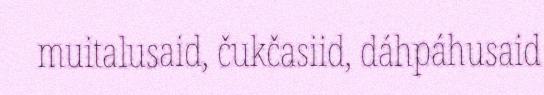
muitalusaid, čukčasiid, dáhpáhusaid